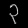
Digit: ၃